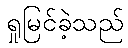
ရှုမြင်ခဲ့သည်